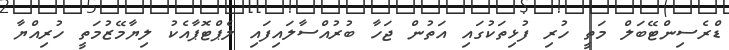
ޑްރެސިންޓޭބަލް މަތީ ހުރި ފުޅިތަކުގައި އަތުން ޖަހާ ބުރުއްސާލައިފައި ލެޕްޓޮޕާއެކު ލިޔާމޭޒުމަތީ ހުރިއްޔާ